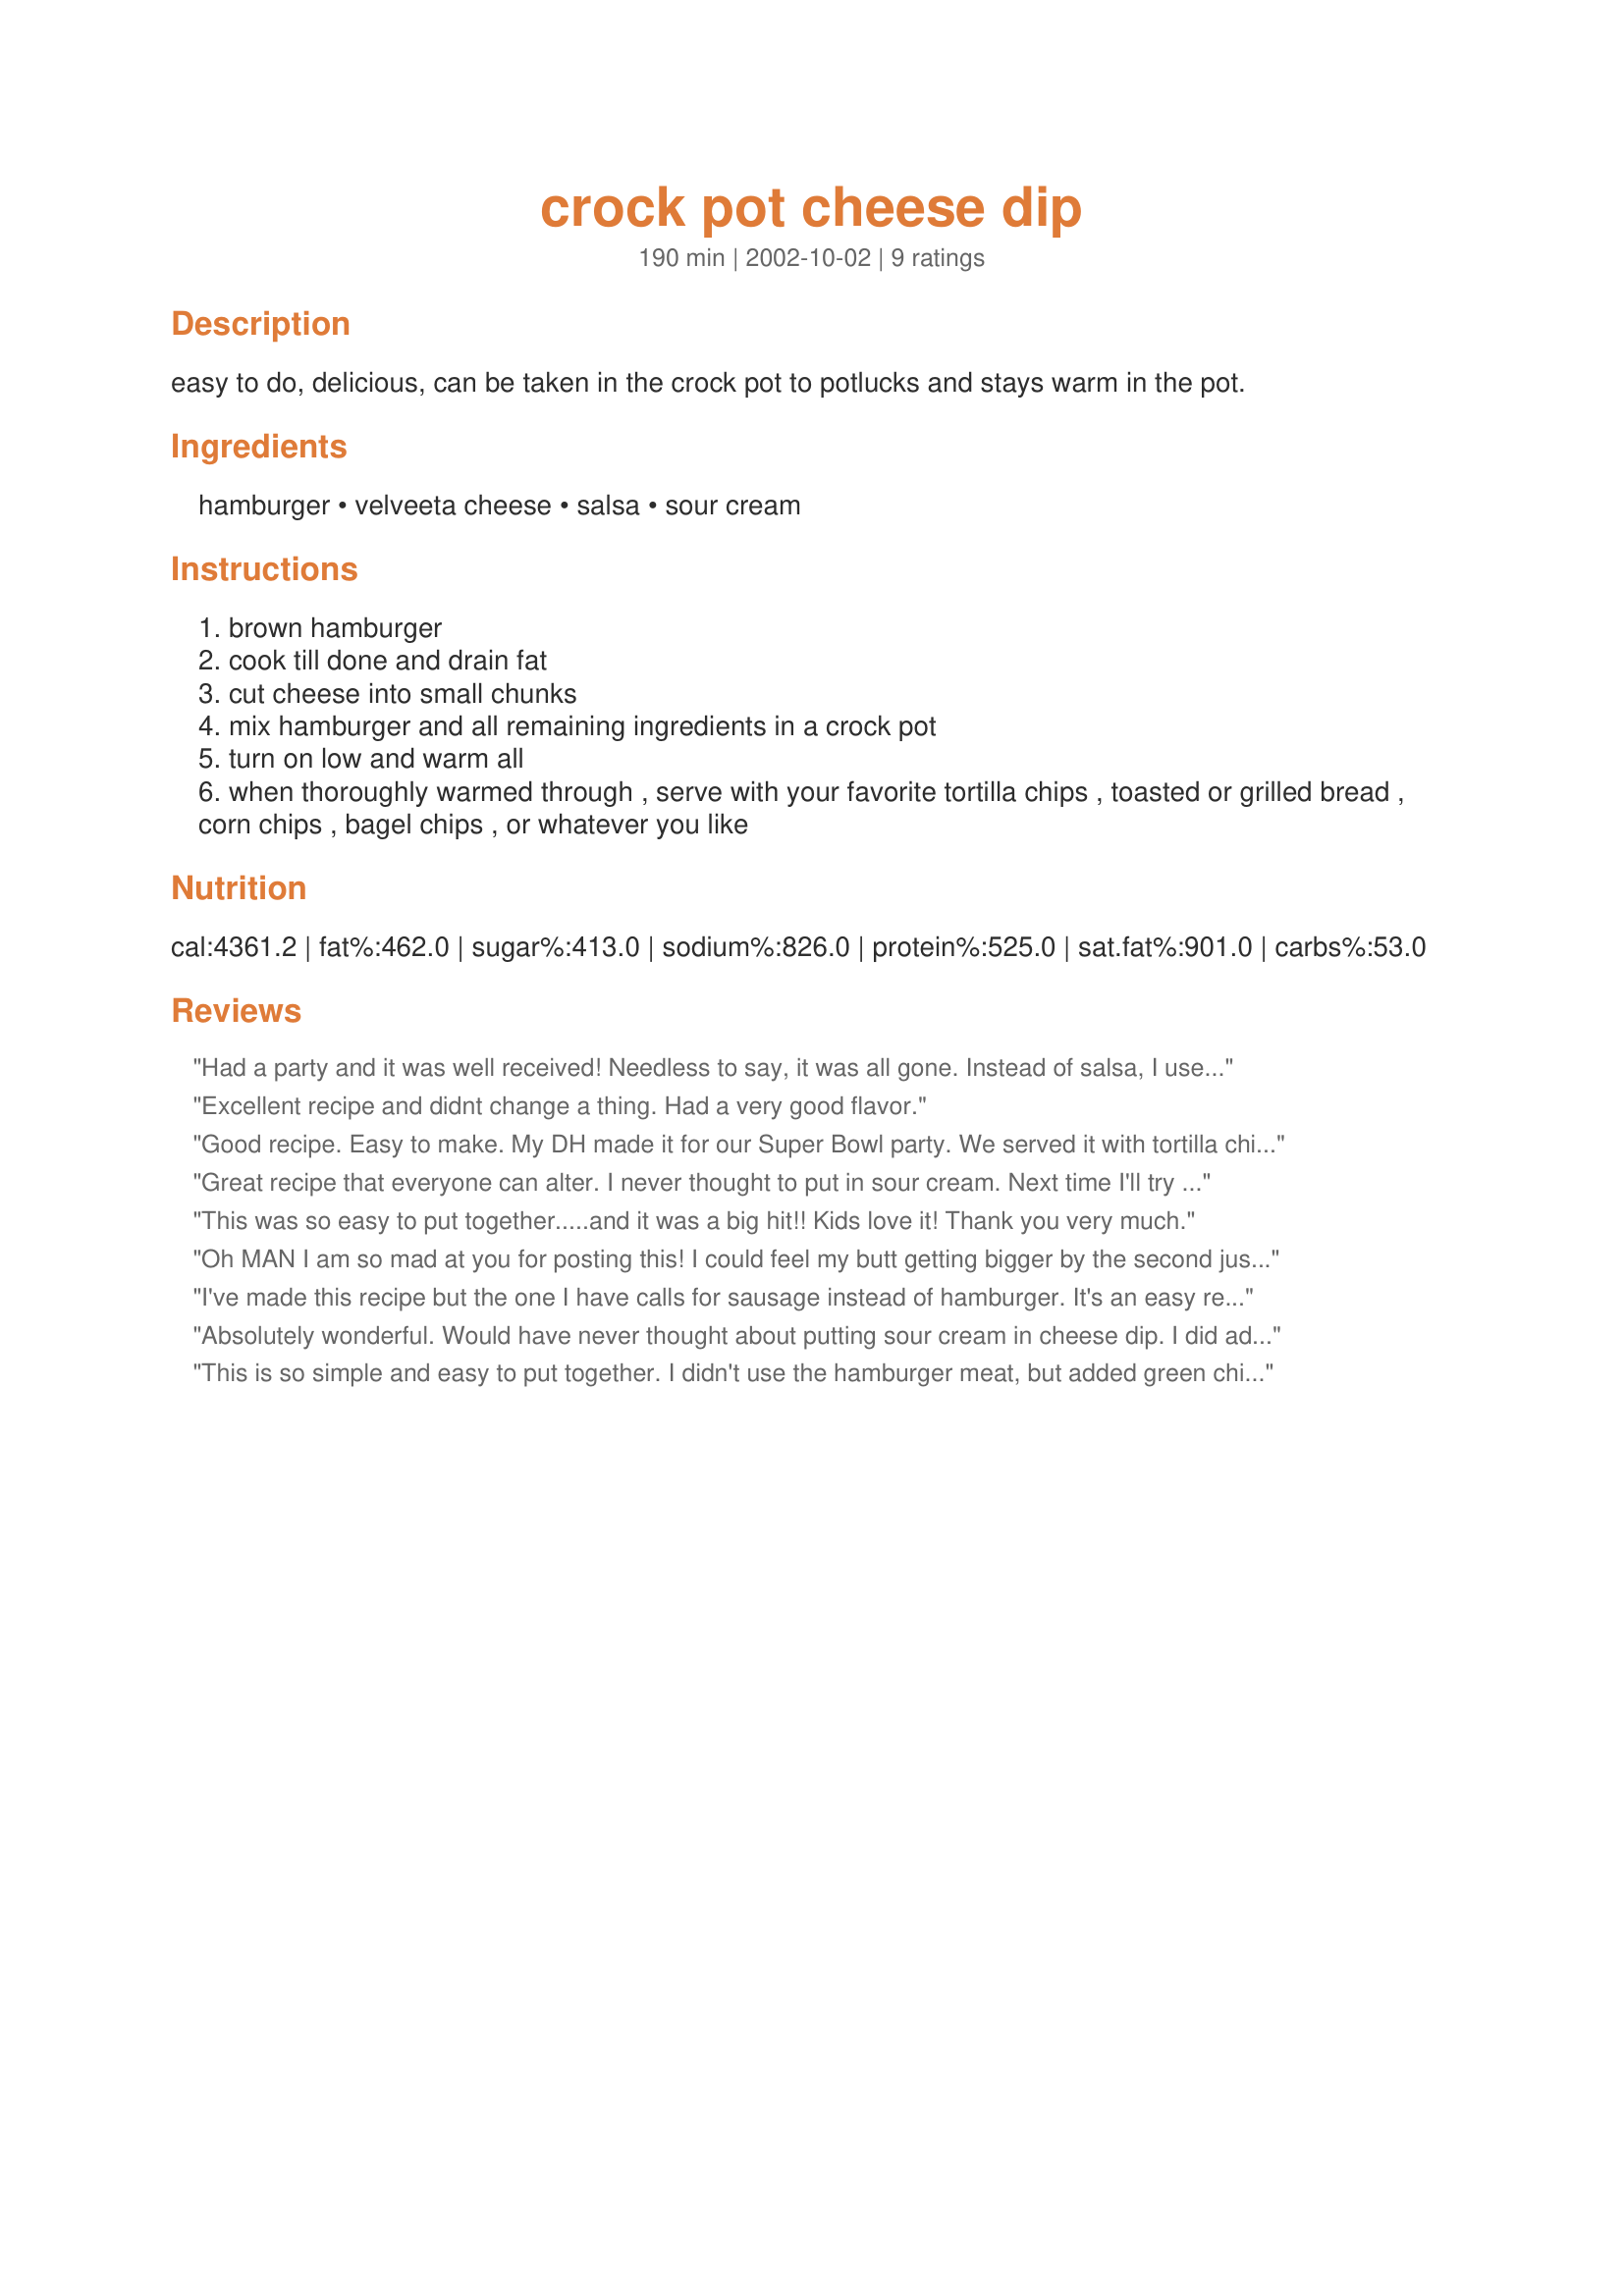
crock pot cheese dip
Preparation time: 190 minutes

easy to do, delicious, can be taken in the crock pot to potlucks and stays warm in the pot.

Ingredients:
hamburger, velveeta cheese, salsa, sour cream

Steps:
brown hamburger
cook till done and drain fat
cut cheese into small chunks
mix hamburger and all remaining ingredients in a crock pot
turn on low and warm all
when thoroughly warmed through , serve with your favorite tortilla chips , toasted or grilled bread , corn chips , bagel chips , or whatever you like

Reviews:
Had a party and it was well received! Needless to say, it was all gone. Instead of salsa, I used Rotel. Thanks!
Excellent recipe and didnt change a thing. Had a very good flavor.
Good recipe. Easy to make. My DH made it for our Super Bowl party. We served it with tortilla chips, bagel chips, and jalapeno cheese bread.
Great recipe that everyone can alter. I never thought to put in sour cream. Next time I'll try with two types of cheese and some spinach. This is classic!
This was so easy to put together.....and it was a big hit!! Kids love it! Thank you very much.
Oh MAN I am so mad at you for posting this! I could feel my butt getting bigger by the second just from looking at it! This is some GOOD stuff - just don't eat too much of it (or at least stay off the scale if you do!). YUMMY!
I've made this recipe but the one I have calls for sausage instead of hamburger. It's an easy recipe and goes over pretty well with guests!
Absolutely wonderful. Would have never thought about putting sour cream in cheese dip. I did add about a half package of Taco seasoning, which spiced it up and used my own salsa. Didn't have quite 32 oz so I made up the difference with a can of Rotel. Great cheese dip.
This is so simple and easy to put together. I didn't use the hamburger meat, but added green chilies to mine. Thanks for sharing your recipe Darlene!
